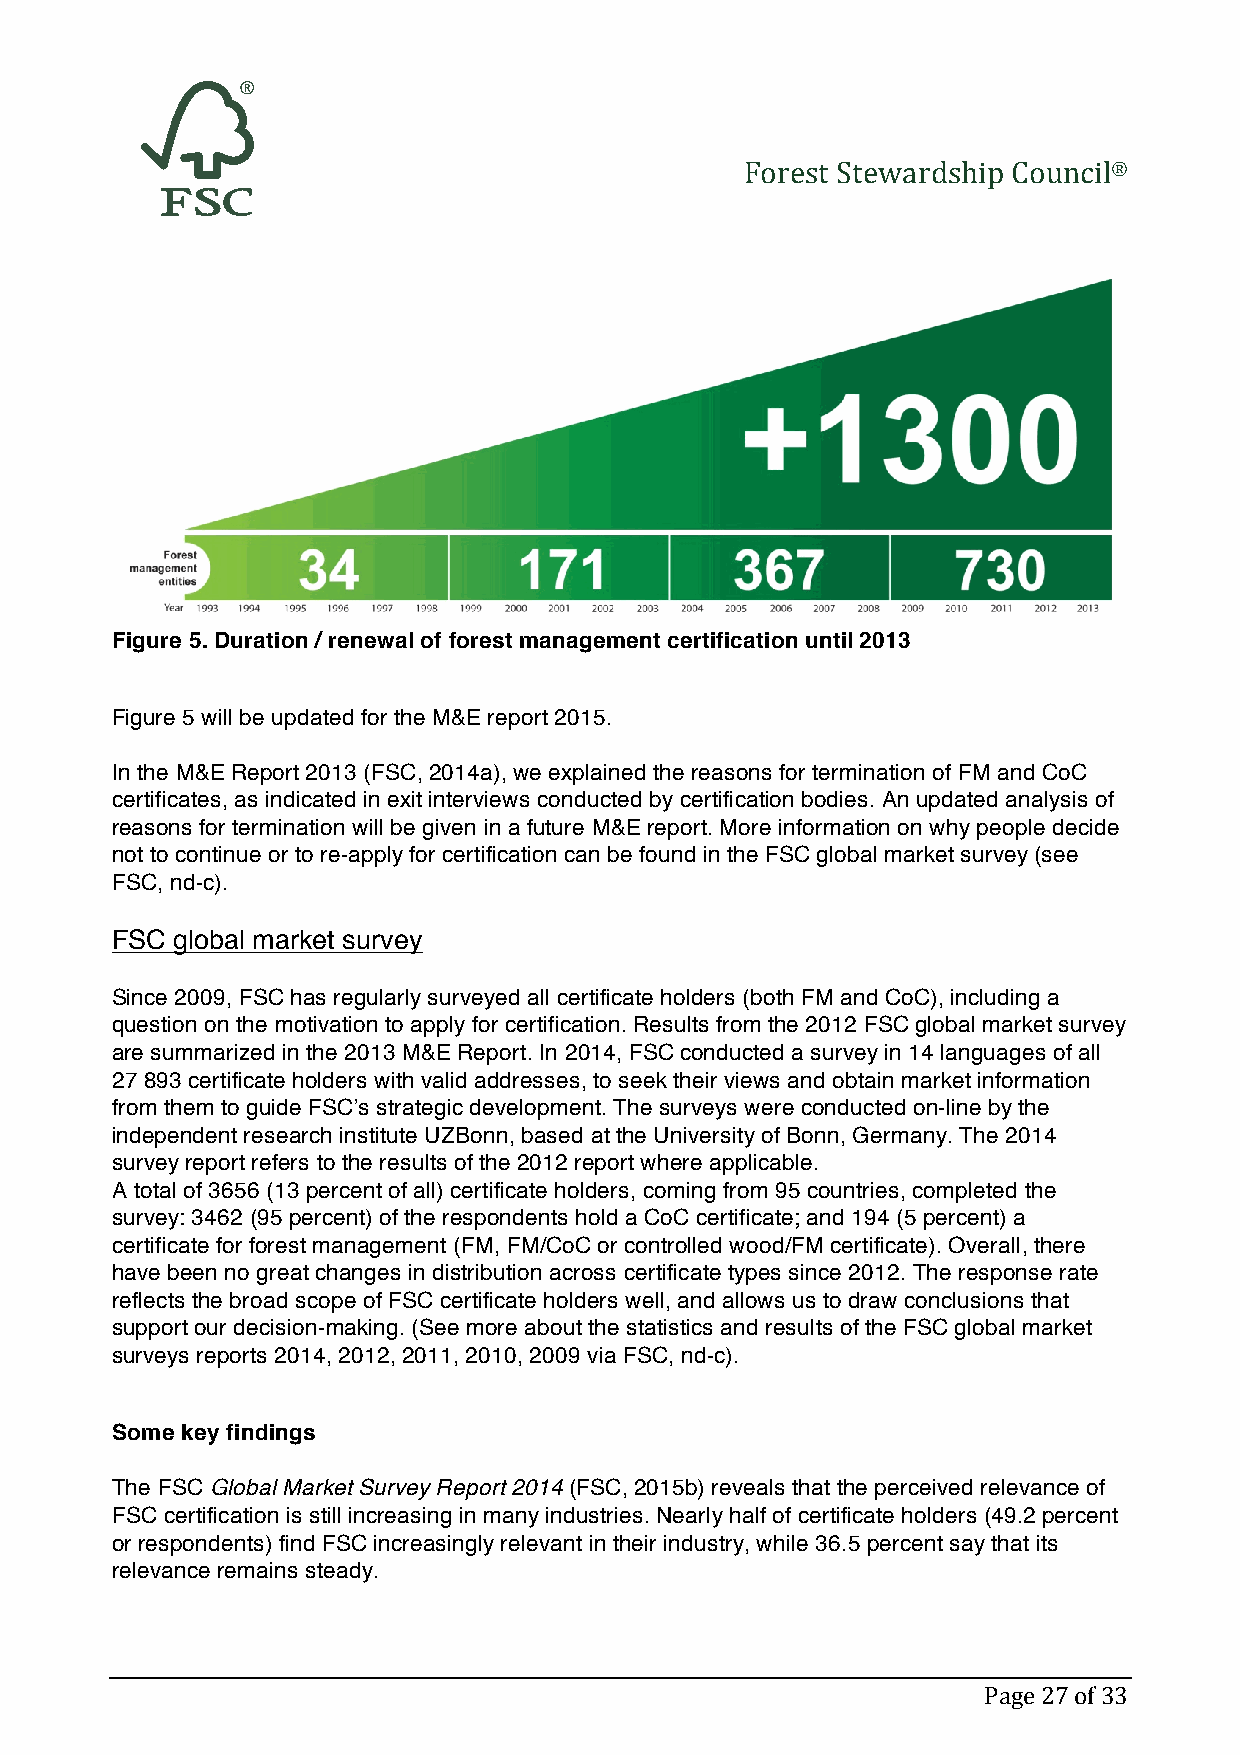
Forest Stewardship Council®
 Figure 5. Duration / renewal of forest management certification until 2013
 Figure 5 will be updated for the M&E report 2015.
 In the M&E Report 2013 (FSC, 2014a), we explained the reasons for termination of FM and CoC
 certificates, as indicated in exit interviews conducted by certification bodies. An updated analysis of
 reasons for termination will be given in a future M&E report. More information on why people decide
 not to continue or to re-apply for certification can be found in the FSC global market survey (see
 FSC, nd-c).
 FSC global market survey
 Since 2009, FSC has regularly surveyed all certificate holders (both FM and CoC), including a
 question on the motivation to apply for certification. Results from the 2012 FSC global market survey
 are summarized in the 2013 M&E Report. In 2014, FSC conducted a survey in 14 languages of all
 27 893 certificate holders with valid addresses, to seek their views and obtain market information
 from them to guide FSC’s strategic development. The surveys were conducted on-line by the
 independent research institute UZBonn, based at the University of Bonn, Germany. The 2014
 survey report refers to the results of the 2012 report where applicable.
 A total of 3656 (13 percent of all) certificate holders, coming from 95 countries, completed the
 survey: 3462 (95 percent) of the respondents hold a CoC certificate; and 194 (5 percent) a
 certificate for forest management (FM, FM/CoC or controlled wood/FM certificate). Overall, there
 have been no great changes in distribution across certificate types since 2012. The response rate
 reflects the broad scope of FSC certificate holders well, and allows us to draw conclusions that
 support our decision-making. (See more about the statistics and results of the FSC global market
 surveys reports 2014, 2012, 2011, 2010, 2009 via FSC, nd-c).
 Some key findings
 The FSC Global Market Survey Report 2014 (FSC, 2015b) reveals that the perceived relevance of
 FSC certification is still increasing in many industries. Nearly half of certificate holders (49.2 percent
 or respondents) find FSC increasingly relevant in their industry, while 36.5 percent say that its
 relevance remains steady.
 Page 27 of 33